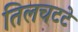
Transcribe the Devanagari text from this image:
तिलचटटे